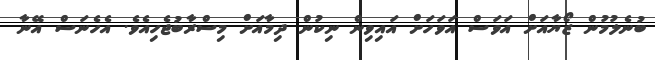
ބުނެލުމުން ޒޯޔާއަށް އަވަސް އަވަހަށް އައިވިން ނިކުން ދިމާއަށް މިސްރާބުޖެހިއެވެ. އެހެނަސް އޭނާ